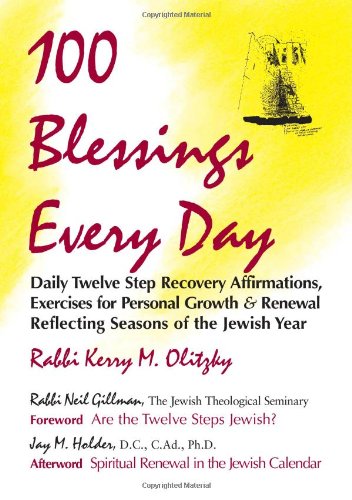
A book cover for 100 Blessings Every Day: Daily Twelve Step Recovery Affirmations, Exercises for Personal Growth & Renewal Reflecting Seasons of the Jewish Year; Rabbi Kerry M. Olitzky; Religion & Spirituality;